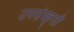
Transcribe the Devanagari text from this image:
उपसंस्कृती